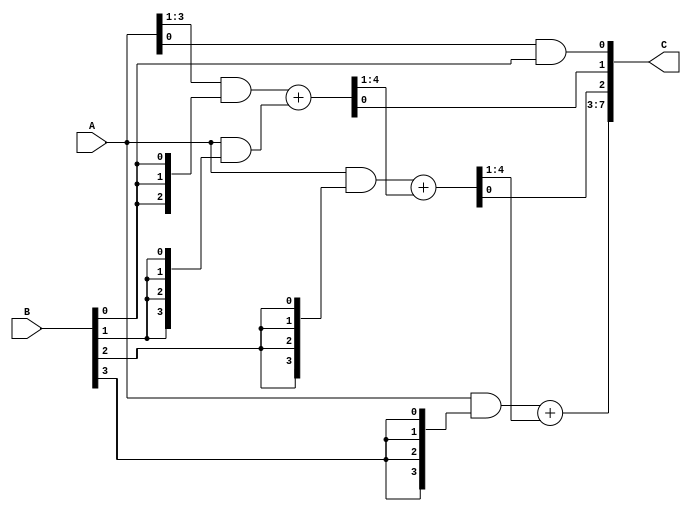
module Multiplier(input[3:0]A,B,output wire[7:0]C);
wire cout0;
wire cout1;
wire cout2;
wire [3:0]sum0;
wire [3:0]sum1;
wire [3:0]sum2;

assign C[0] = A[0]&B[0];
assign {cout0,sum0} = {1'b0,A[3:1]&{3{B[0]}}} + {A&{4{B[1]}}};
assign C[1] = sum0[0];
assign {cout1,sum1}= {A&{4{B[2]}}} + {cout0,sum0[3:1]};
assign C[2] = sum1[0];
assign {cout2,sum2} = {A&{4{B[3]}}}+{cout1,sum1[3:1]};
assign C[7:3] = {cout2,sum2};

endmodule